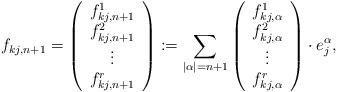
LaTeX: \begin{align*}f_{kj, n+1}=\left( \begin{array}{c} f_{kj, n+1}^1 \\ f_{kj, n+1}^2 \\\vdots \\f_{kj, n+1}^r \end{array} \right):=\sum_{|\alpha|=n+1}\left( \begin{array}{c} f_{kj, \alpha}^1 \\ f_{kj, \alpha}^2 \\\vdots \\f_{kj, \alpha}^r \end{array} \right)\cdot e_j^\alpha, \end{align*}